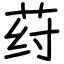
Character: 荮